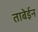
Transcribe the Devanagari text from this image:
ताबेईन